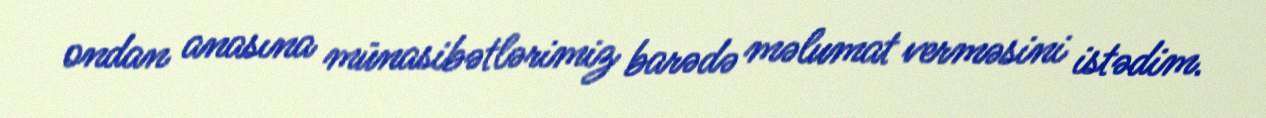
ondan anasına münasibətlərimiz barədə məlumat verməsini istədim.